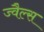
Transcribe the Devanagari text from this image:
ज्वैल्स